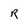
Character: R